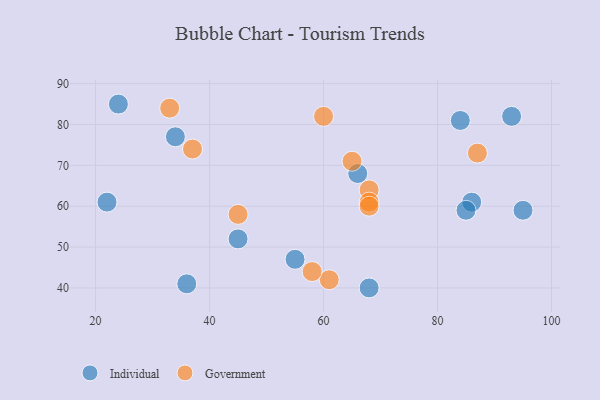
{"axis": {"x": "GDP", "y": "Life Expectancy"}, "legend": ["Government", "Individual"], "data": [{"x": "34", "y": 77, "type": "Individual"}, {"x": "95", "y": 59, "type": "Individual"}, {"x": "84", "y": 81, "type": "Individual"}, {"x": "93", "y": 82, "type": "Individual"}, {"x": "45", "y": 52, "type": "Individual"}, {"x": "36", "y": 41, "type": "Individual"}, {"x": "55", "y": 47, "type": "Individual"}, {"x": "86", "y": 61, "type": "Individual"}, {"x": "85", "y": 59, "type": "Individual"}, {"x": "24", "y": 85, "type": "Individual"}, {"x": "68", "y": 40, "type": "Individual"}, {"x": "66", "y": 68, "type": "Individual"}, {"x": "22", "y": 61, "type": "Individual"}, {"x": "37", "y": 74, "type": "Government"}, {"x": "60", "y": 82, "type": "Government"}, {"x": "68", "y": 64, "type": "Government"}, {"x": "68", "y": 61, "type": "Government"}, {"x": "65", "y": 71, "type": "Government"}, {"x": "61", "y": 42, "type": "Government"}, {"x": "58", "y": 44, "type": "Government"}, {"x": "68", "y": 60, "type": "Government"}, {"x": "87", "y": 73, "type": "Government"}, {"x": "33", "y": 84, "type": "Government"}, {"x": "45", "y": 58, "type": "Government"}]}